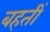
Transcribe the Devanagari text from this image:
बहतीं